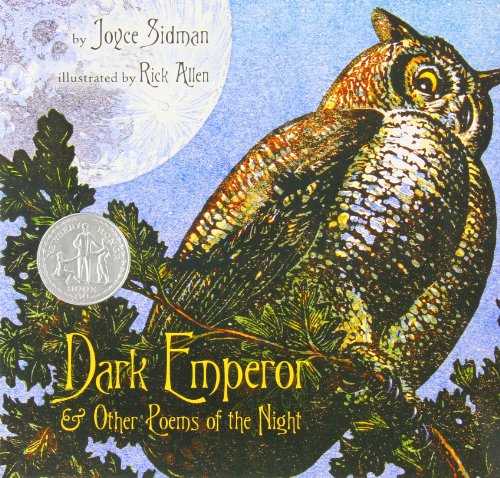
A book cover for Dark Emperor and Other Poems of the Night; Joyce Sidman; Children's Books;